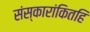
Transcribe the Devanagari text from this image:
संस्कारांकितहि